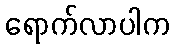
ရောက်လာပါက